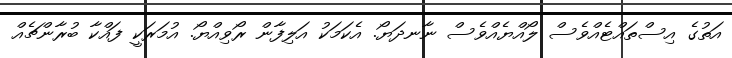
އަތުގެ އިސްތައްޓެއްވެސް ލޯއްޔެއްވެސް ނާނދަޔޯ. އެކަމަކު އަލިފާން ރޯވިއްޔޯ. އުމަރަކީ ފައްކާ ބުރާންޗެއް